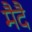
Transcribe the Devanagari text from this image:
मैदै